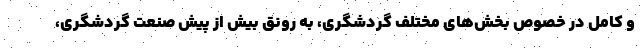
و کامل در خصوص بخش‌های مختلف گردشگری، به رونق بیش از پیش صنعت گردشگری،